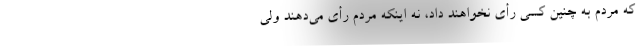
که مردم به چنین کسی رأی نخواهند داد، نه اینکه مردم رأی می‌دهند ولی